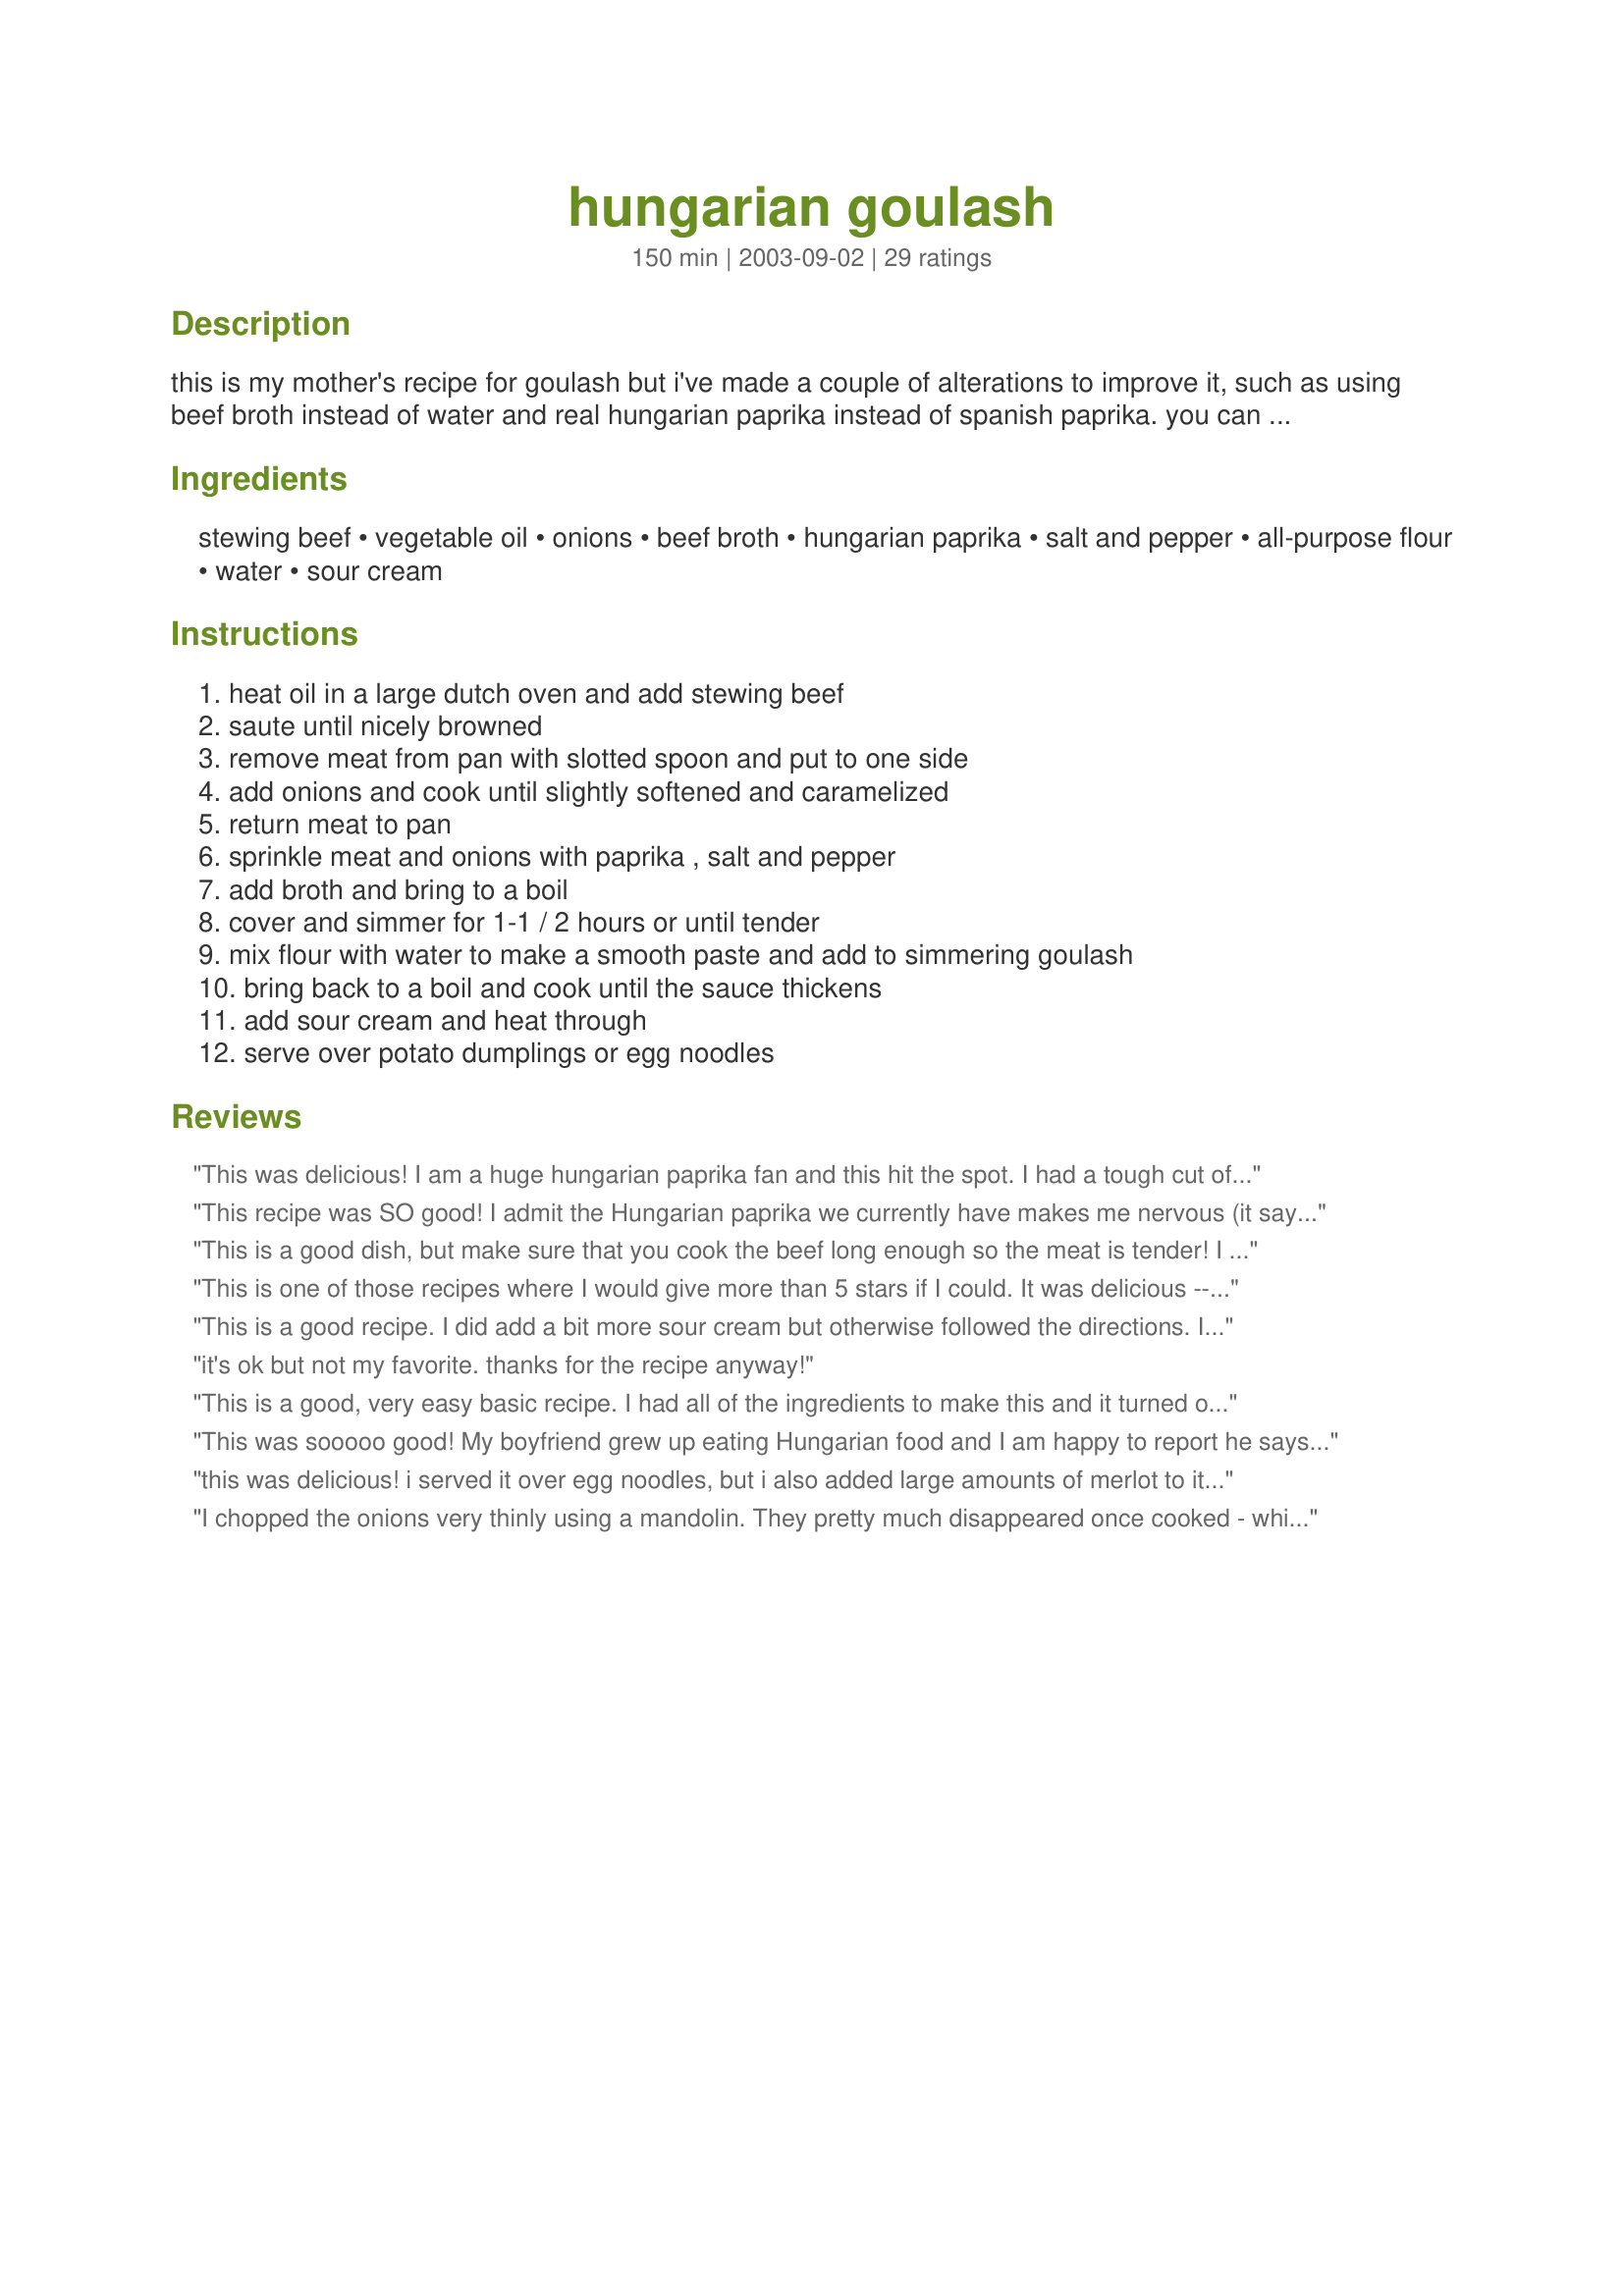
hungarian goulash
Preparation time: 150 minutes

this is my mother's recipe for goulash but i've made a couple of alterations to improve it, such as using beef broth instead of water and real hungarian paprika instead of spanish paprika. you can use spanish paprika if hungarian is unavailable, but it tastes much better with hungarian paprika. it is also nice made with stewing veal. when i was a child, i liked this so much that i used to eat it for breakfast if there was any left over from supper!

Ingredients:
stewing beef, vegetable oil, onions, beef broth, hungarian paprika, salt and pepper, all-purpose flour, water, sour cream

Steps:
heat oil in a large dutch oven and add stewing beef, saute until nicely browned, remove meat from pan with slotted spoon and put to one side, add onions and cook until slightly softened and caramelized, return meat to pan, sprinkle meat and onions with paprika , salt and pepper, add broth and bring to a boil, cover and simmer for 1-1 / 2 hours or until tender, mix flour with water to make a smooth paste and add to simmering goulash, bring back to a boil and cook until the sauce thickens, add sour cream and heat through, serve over potato dumplings or egg noodles

Reviews:
This was delicious! I am a huge hungarian paprika fan and this hit the spot. I had a tough cut of meat, so I let it cook quite a while with no problem. I also added a touch of dried dill. I just couldn't help myself. :) Thank you for a great dinner!
This recipe was SO good! I admit the Hungarian paprika we currently have makes me nervous (it says it's "sweet", but it's kinda hot to my wimpy senses!) so I used 1 tb Hungarian and 1 tb California sweet paprika. I also followed the suggestion of a couple reviewers and deglazed with ~ 1/2 c merlot after caramelizing the onions. *I* thought it was perfect; my husband thought it was a tad sweet (though he gobbled it up!) and wants me to try making it next time with all Hungarian paprika. I'll definitely be making this again, so I'm sure that will happen sooner or later! Thanks so much for sharing this! A definite keeper.
This is a good dish, but make sure that you cook the beef long enough so the meat is tender! I did add mushrooms and used about 1/4 cup of wine to de-glaze my pot. I found there was a lot of liquid so I had to add about 1/2 cup of flour mixture to thicken it up. Next time, I might try this in my crock pot!
This is one of those recipes where I would give more than 5 stars if I could. It was delicious -- fabulous flavour! -- and the recipe works just as it says it will. I don't have a single quibble: the instructions are straightforward and very simple and this is quite easy to prepare. I followed it exactly as written, with 2 small additions. After cooking the onions (step 4), I added 1/3 cup merlot to deglaze the pan, before I added the meat back in. Then, as well as the 2 tbsp Hungarian paprika, I added a good sprinkle of smoked paprika too (I've been adding it to recipes a lot lately). I served this over Bev's Mashed Potato Pancakes (recipe #31061), which I thought worked well. My entire family enjoyed dinner; thanks so, so much for posting this recipe: it's a real keeper.
This is a good recipe. I did add a bit more sour cream but otherwise followed the directions. I served this with buttered noodles and cauliflower. Thank you for sharing with us.
it's ok but not my favorite. thanks for the recipe anyway!
This is a good, very easy basic recipe. I had all of the ingredients to make this and it turned out fairly well. I used 1 teaspoon salt and 1/2 teaspoon pepper. I'll add some garlic and caraway seeds next time. Thanks for posting.
This was sooooo good! My boyfriend grew up eating Hungarian food and I am happy to report he says its even better than his mother's recipe!
this was delicious! i served it over egg noodles, but i also added large amounts of merlot to it while cooking. i also added large amounts of merlot to my stomach, but it was a sunday afternoon, so why not? ;-) it was almost stroganoffy...with the sour cream. but definitely one of the most delicious things i've ever cooked.
I chopped the onions very thinly using a mandolin. They pretty much disappeared once cooked - which I liked since I'm not a huge fan of onions. I added some sliced up sweet bell peppers towards the end, and served over egg noodles. DH wasn't a huge fan. It's decent comfort food for a cold night, but I'm not quite sure it was worth all of the prep work. Thanks for sharing the recipe.
Awsome. So easy yet sooooo good. I also had trouble finding the hungarian paprika so had to use the Spanish one instead. This recipe is a must have. Great!
Delicious! I was craving one that was made for me and I only had to make 2 alterations to make it as I'd remembered it tasting. Awesome! I sliced a NY strip into long thin strips, added, sliced Bell Pepper, and served it over Egg Noodles. Fantastic..Thanx again. :)
This is the best Hungarian Goulash recipe I've ever tasted! Even my picky kids loved it! I didn't have a lot of time, so I substituted venison steak for the stewing beef, and cut the simmer time to about 30 minutes. It was delicious. Thanks.
Followed the recipe exactly and it was fabulous. My wife doesn't much like anything with noodles and her verdict was, "I loved it, and you know if I like anything with noodles it is really good."
I have to agree with the reviews on this one. Excellent!! I used only about 2 lbs of beef in the recipe, and kept all the other ingredients the same. I also deglazed the onions (and about 6 garlic cloves) with red wine, and then simmered for a full two hours. I certainly didn&#039;t need to add any thickening agent at the end, and even added a bit of left over beef broth to lean it out abit. I also used a 50/50 blend of Hungarian paprika and smoked paprika. This one will be a keeper for sure! Thanks!
Not bad. A little too thin for our taste, so I thickened even further.
I can't believe that something so easy to make can taste so goooood :)))) was a VERY tasty meal. thanks so much for sharing.
That was very good! I used spanish paprika, (1 tsp sweet and 1 tsp hot), and it went well. I´ll repeat it with hungarian paprika if I can find it to notice the difference. I served it with rice as a side dish.
So very, very tasty - better than five stars. The meat was so tender and melted in the mouth.
Best I've ever tried. I followed it exactly.
Just wonderful! Perfectly spiced with a rich creamy sauce. I followed suggestions from previous reviewers - added a glug of red wine to deglaze the pan & didn't cook the onions all the way to carmelization. I served it over egg noddles and enjoyed every bite. Thanks for posting.
This dish was fantastic. One of the best I've tried from RZ. I thought, using three pounds of stewing beef, that I would have a lot of leftovers, but there was barely enough for my husband to take to work for lunch the following day! My kids gobbled it up and said "Make this again, Mom!"

I put everything together according to directions and then transferred it to the slow cooker and let it simmer on low for about 6 hours. I stirred in the sour cream just before serving (I didn't need to thicken it with the flour/water). Super easy and delicious. What more could you ask for? Thanks for sharing this recipe!
My family enjoyed this very much! I added half a cup of red wine and it was wonderful. We had it with mash potatoes. Thanks!
Very tasty! Next time, though, I won't cook the onions as much - they disappeared into the sauce! I also used cornstarch to thicken and added a little garlic powder. Will definitely be making this again (soon)!
Very good. I didn't have any sour cream so I added a splash of wine instead. Also added some mushrooms the last 10 minutes. Will definately be making this again.
Please add me to the fans! I had some particularly tough meat I wanted to use up, so I simmered it much longer, in more water (plus broth). Otherwise I followed the recipe. This is delicious. We will have it over rice (though I'm sure noodles would be delicious, too.) Thank you very much for sharing this recipe. I will use it often (of course, even when I don't have tough meat.)
Very good! My oldest and I loved it! My 5 yr old didn't care for it.
Thank you!
It&#039;s not even done and I can&#039;t stop eating it out of the pot. SO good! I like to add some tomato and several smashed garlic cloves when stewing the meat, and to thicken I used a roux I make &amp; store in the fridge.
This was great and very easy to make! A winner!
